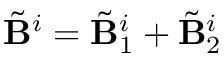
\tilde { \mathbf { B } } ^ { i } = \tilde { \mathbf { B } } _ { 1 } ^ { i } + \tilde { \mathbf { B } } _ { 2 } ^ { i }